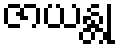
ဇာယန္တု